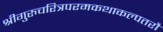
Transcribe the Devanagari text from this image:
श्रीगुरुचरित्रपरमकथाकल्पतरौ